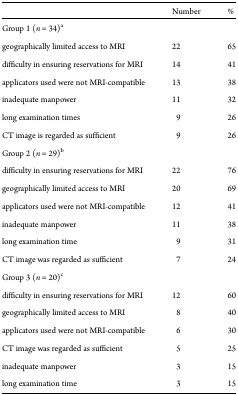
<table><thead><tr><td></td><td><b>Number</b></td><td><b>%</b></td></tr></thead><tbody><tr><td>Group 1 (<i>n</i> = 34)<sup>a</sup></td><td></td><td></td></tr><tr><td>geographically limited access to MRI</td><td>22</td><td>65</td></tr><tr><td>difficulty in ensuring reservations for MRI</td><td>14</td><td>41</td></tr><tr><td>applicators used were not MRI-compatible</td><td>13</td><td>38</td></tr><tr><td>inadequate manpower</td><td>11</td><td>32</td></tr><tr><td>long examination times</td><td>9</td><td>26</td></tr><tr><td>CT image is regarded as sufficient</td><td>9</td><td>26</td></tr><tr><td>Group 2 (<i>n</i> = 29)<sup>b</sup></td><td></td><td></td></tr><tr><td>difficulty in ensuring reservations for MRI</td><td>22</td><td>76</td></tr><tr><td>geographically limited access to MRI</td><td>20</td><td>69</td></tr><tr><td>applicators used were not MRI-compatible</td><td>12</td><td>41</td></tr><tr><td>inadequate manpower</td><td>11</td><td>38</td></tr><tr><td>long examination time</td><td>9</td><td>31</td></tr><tr><td>CT image was regarded as sufficient</td><td>7</td><td>24</td></tr><tr><td>Group 3 (<i>n</i> = 20)<sup>c</sup></td><td></td><td></td></tr><tr><td>difficulty in ensuring reservations for MRI</td><td>12</td><td>60</td></tr><tr><td>geographically limited access to MRI</td><td>8</td><td>40</td></tr><tr><td>applicators used were not MRI-compatible</td><td>6</td><td>30</td></tr><tr><td>CT image was regarded as sufficient</td><td>5</td><td>25</td></tr><tr><td>inadequate manpower</td><td>3</td><td>15</td></tr><tr><td>long examination time</td><td>3</td><td>15</td></tr></tbody></table>